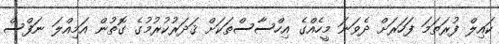
ކައިލް ފުރަތަމަ ފަހަރަށް ދެވަނަ މީހެއްގެ އިހްސާސްތަކަށް ޤަދަރުކުރުމުގެ ގޮތުން އަމިއްލަ ނަފްސް